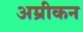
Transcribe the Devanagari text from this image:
अम्रीकन